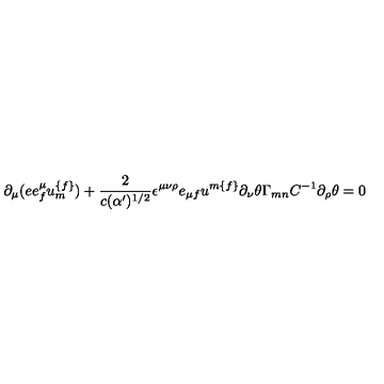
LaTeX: \partial _ { \mu } ( e e _ { { f } } ^ { \mu } u _ { { m } } ^ { { \{ f \} } } ) + { \frac { 2 } { c ( \alpha ^ { \prime } ) ^ { { 1 / 2 } } } } \epsilon ^ { \mu \nu \rho } e _ { \mu { f } } u ^ { { m \{ f \} } } \partial _ { \nu } \theta \Gamma _ { { m n } } C ^ { - { 1 } } \partial _ { \rho } \theta = 0